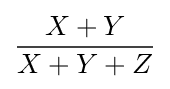
{\frac {X+Y}{X+Y+Z}}